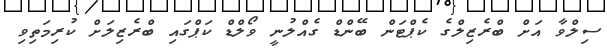
ސިލްވާ އަށް ބްރެޒިލްގެ ކެޕްޓަން ބޭންޑް ގެއްލުނީ ވޯލްޑް ކަޕްގައި ބްރެޒިލަށް ކުރިމަތިވި